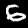
Label: 6